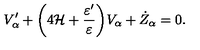
V _ { \alpha } ^ { \prime } + \biggl ( 4 { \cal H } + \frac { \varepsilon ^ { \prime } } { \varepsilon } \biggr ) V _ { \alpha } + \dot { Z } _ { \alpha } = 0 .